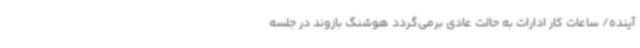
آینده/ ساعات کار ادارات به حالت عادی برمی‌گردد هوشنگ بازوند در جلسه